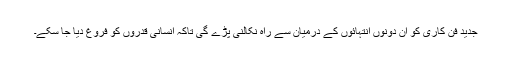
جدید فن کاری کو ان دونوں انتہائوں کے درمیان سے راہ نکالنی پڑے گی تاکہ انسانی قدروں کو فروغ دیا جا سکے۔